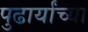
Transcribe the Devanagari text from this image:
पुढार्यांच्या